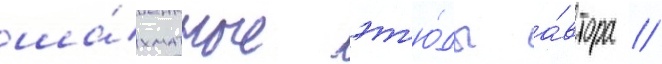
ша́хматные эт'ю́ды а́втора //